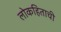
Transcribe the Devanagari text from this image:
लोकहिताची